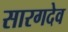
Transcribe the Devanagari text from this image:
सारगदेव